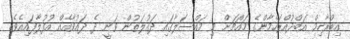
އިބްރާހިމް އަބްދުއްރަހްމާންގެ މައްޗަށް މި މައްސަލާގައި ދައުލަތުން ވަނީ ދެ ދައުވާއެއް އުފުލާފައިއެވެ.